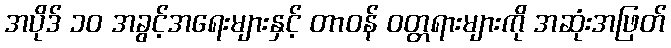
အပိုဒ် ၁၀ အခွင့်အရေးများနှင့် တာဝန် ဝတ္တရားများကို အဆုံးအဖြတ်